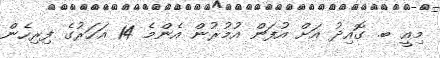
މިއީ ބ. ގޮއިދު އަށް އުފަން އުމުރުން އެންމެ 14 އަހަރުގެ ފިރިހެން